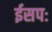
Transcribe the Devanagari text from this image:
ईसपः